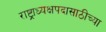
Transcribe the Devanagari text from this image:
राष्ट्राध्यक्षपदासाठीच्या